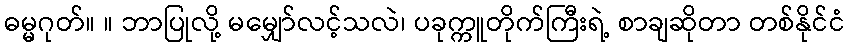
ဓမ္မဂုတ်။ ။ ဘာပြုလို့ မမျှော်လင့်သလဲ၊ ပခုက္ကူတိုက်ကြီးရဲ့ စာချဆိုတာ တစ်နိုင်ငံ